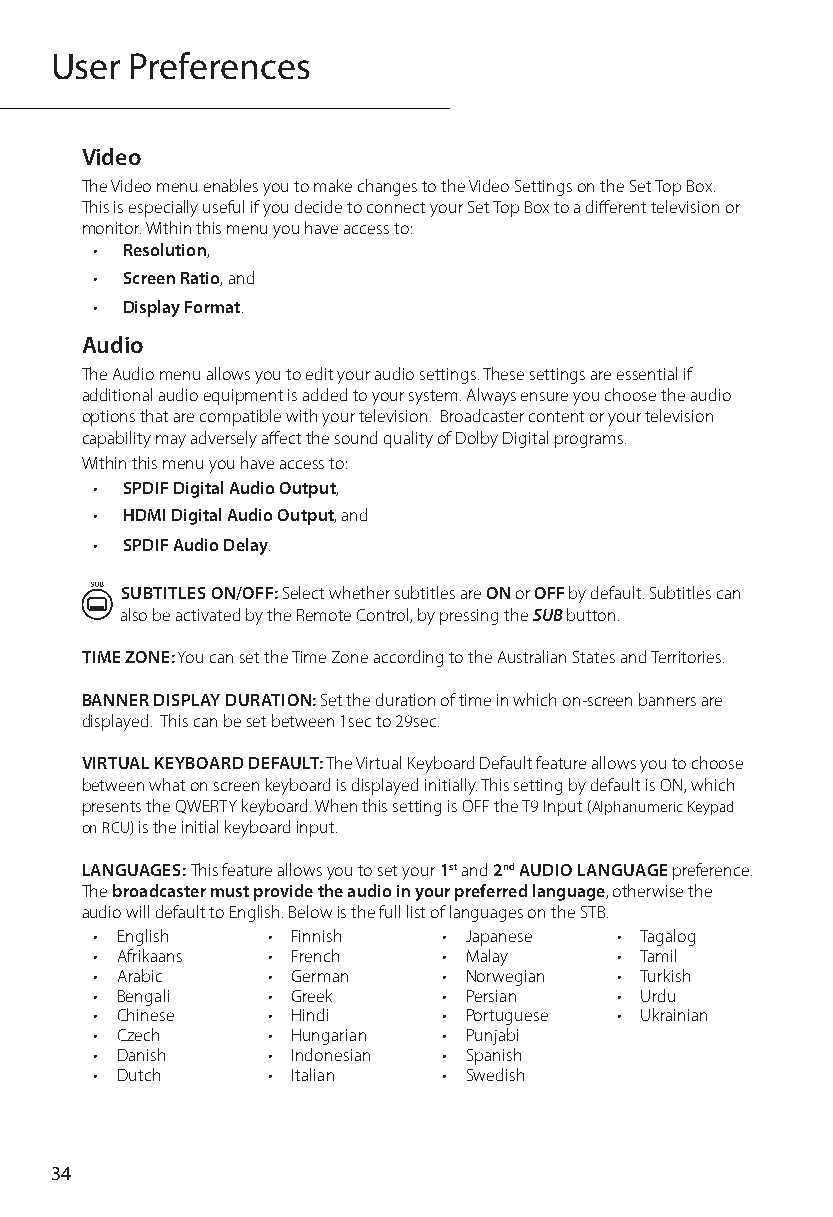
User  Preferences
 Video
 The Video menu enables you to make changes to the Video Settings on the Set Top Box.
 This is especially useful if you decide to connect your Set Top Box to a different television or
 monitor. Within this menu you have access to:
 • Resolution,
 • Screen Ratio, and
 • Display Format.
 Audio
 The Audio menu allows you to edit your audio settings. These settings are essential if
 additional audio equipment is added to your system. Always ensure you choose the audio
 options that are compatible with your television. Broadcaster content or your television
 capability may adversely affect the sound quality of Dolby Digital programs.
 Within this menu you have access to:
 • SPDIF Digital Audio Output,
 • HDMI Digital Audio Output, and
 • SPDIF Audio Delay.
 SUBTITLES ON/OFF: Select whether subtitles are ON or OFF by default. Subtitles can
 also be activated by the Remote Control, by pressing the SUB button.
 TIME ZONE: You can set the Time Zone according to the Australian States and Territories.
 BANNER DISPLAY DURATION: Set the duration of time in which on-screen banners are
 displayed. This can be set between 1sec to 29sec.
 VIRTUAL KEYBOARD DEFAULT: The Virtual Keyboard Default feature allows you to choose
 between what on screen keyboard is displayed initially. This setting by default is ON, which
 presents the QWERTY keyboard. When this setting is OFF the T9 Input (Alphanumeric Keypad
 on RCU) is the initial keyboard input.
 LANGUAGES: This feature allows you to set your 1st and 2nd AUDIO LANGUAGE preference.
 The broadcaster must provide the audio in your preferred language, otherwise the
 audio will default to English. Below is the full list of languages on the STB.
 • English   • Finnish  • Japanese  • Tagalog
 • Afrikaans • French   • Malay     • Tamil
 • Arabic    • German   • Norwegian • Turkish
 • Bengali   • Greek    • Persian   • Urdu
 • Chinese   • Hindi    • Portuguese • Ukrainian
 • Czech     • Hungarian • Punjabi
 • Danish    • Indonesian • Spanish
 • Dutch     • Italian  • Swedish
 34